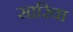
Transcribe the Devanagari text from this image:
सारिवा